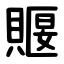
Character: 䞁